Civil Veterinary Department Bengal reports 1923-33 - 1923-1933
Year: 1923
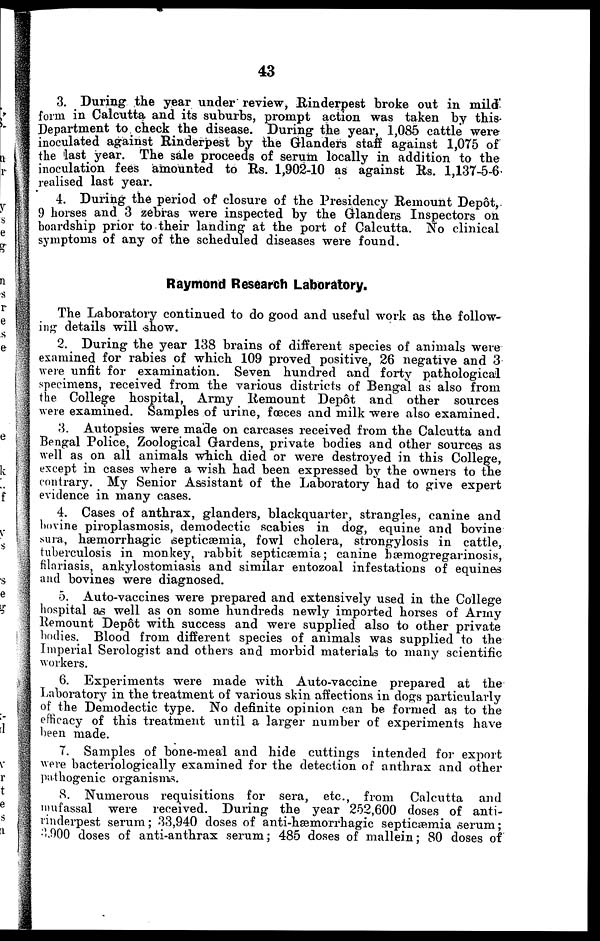
43
3. During the year under review, Rinderpest broke out in mild
form in Calcutta and its suburbs, prompt action was taken by this
Department to check the disease. During the year, 1,085 cattle were
inoculated against Rinderpest by the Glanders staff against 1,075 of
the last year. The sale proceeds of serum locally in addition to the
inoculation fees amounted to Rs. 1,902-10 as against Rs. 1,137-5-6
realised last year.
4. During the period of closure of the Presidency Remount Depot,
9 horses and 3 zebras were inspected by the Glanders Inspectors on
boardship prior to their landing at the port of Calcutta. No clinical
symptoms of any of the scheduled diseases were found.
Raymond Research Laboratory,
The Laboratory continued to do good and useful work as the follow-
in'? details will show.
2. During the year 138 brains of different species of animals were
examined for rabies of which 109 proved positive, 26 negative and 3
were unfit for examination. Seven hundred and forty pathological
specimens, received from the various districts of Bengal as also from
the College hospital, Army Remount Depot and other sources
were examined. Samples of urine, fæces and milk were also examined.
3. Autopsies were made on carcases received from the Calcutta and
Bengal Police, Zoological Gardens, private bodies and other sources as
well as on all animals which died or were destroyed in this College,
except in cases where a wish had been expressed by the owners to the
contrary. My Senior Assistant of the Laboratory had to give expert
evidence in many cases.
4. Cases of anthrax, glanders, blackquarter, strangles, canine and
bovine piroplasmosis, demodectic scabies in dog, equine and bovine
sura, hæmorrhagic septicæmia, fowl cholera, strongylosis in cattle,
tuberculosis in monkey, rabbit septicaemia; canine hæmogregarinosis,
filariasis, ankylostomiasis and similar entozoal infestations of equines
and bovines were diagnosed.
5. Auto-vaccines were prepared and extensively used in the College
hospital as well as on some hundreds newly imported horses of Army
Remount Depôt with success and were supplied also to other private
bodies. Blood from different species of animals was supplied to the
Imperial Serologist and others and morbid materials to many scientific
workers.
6. Experiments were made with Auto-vaccine prepared at the
Laboratory in the treatment of various skin affections in dogs particularly
of the Demodectic type. No definite opinion can be formed as to the
efficacy of this treatment until a larger number of experiments have
been made.
7. Samples of bone-meal and hide cuttings intended for export
were bacteriologically examined for the detection of anthrax and other
pathogenic organisms.
8. Numerous requisitions for sera, etc., from Calcutta and
mufassal were received. During the year 252,600 doses of anti-
rinderpest serum; 33,940 doses of anti-hæmorrhagic septicæmia serum;
3900 doses of anti-anthrax serum; 485 doses of mallein; 80 doses of